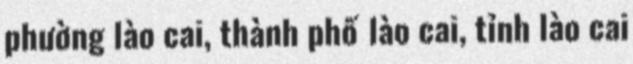
phường lào cai, thành phố lào cai, tỉnh lào cai